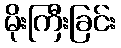
မိုးကြီးခြင်း